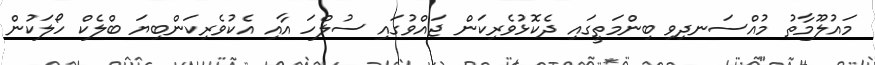
މައުލޫމާތު މުއްސަނދިވި ބިންމަތީގައި ދެކޮޅުވެރިކަން ޖައްވުގައި ސުލްހަ އާއި އެކުވެރިކަންބިޔަ ބްލެކް ހޯލަކުން